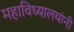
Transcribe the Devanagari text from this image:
महाविध्यालयांनी